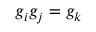
g _ { i } g _ { j } = g _ { k }